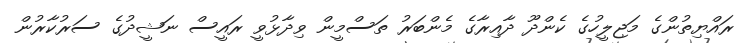
ރައްޔިތުންގެ މަޖިލީހުގެ ކެންދޫ ދާއިރާގެ މެންބަރު ތަސްމީން ވިދާޅުވީ ރައީސް ނަޝީދުގެ ސަރުކާރުން